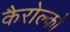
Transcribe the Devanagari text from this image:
कैरोल्को